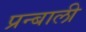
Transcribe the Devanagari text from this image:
प्रन्बाली